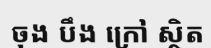
ចុង បឹង ក្រៅ ស្ថិត